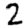
Digit: 2